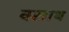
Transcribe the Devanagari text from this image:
क्साथ